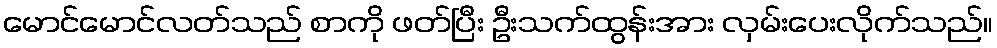
မောင်မောင်လတ်သည် စာကို ဖတ်ပြီး ဦးသက်ထွန်းအား လှမ်းပေးလိုက်သည်။